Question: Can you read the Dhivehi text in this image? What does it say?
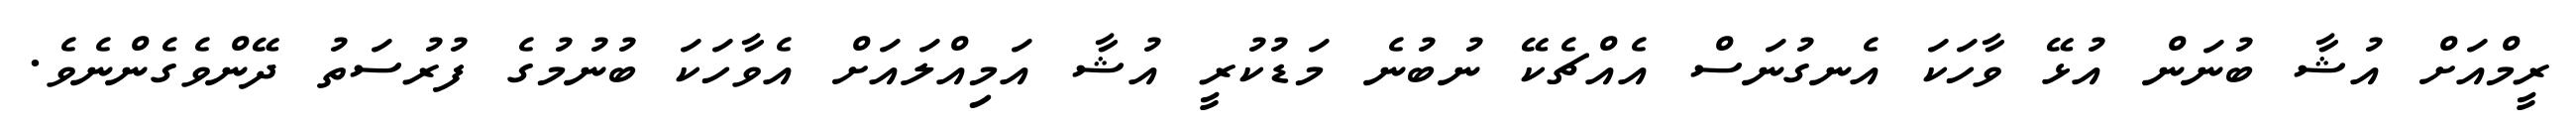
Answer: ރީމްއަށް އުޝާ ބުނަން އުޅޭ ވާހަކަ އެނގުނަސް އެއްޗެކޭ ނުބުނެ މަޑުކުރީ އުޝާ އަމިއްލައަށް އެވާހަކަ ބުނުމުގެ ފުރުސަތު ދޭންވެގެންނެވެ.